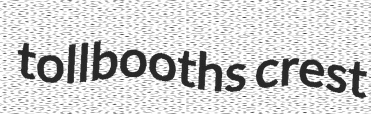
tollbooths crest